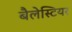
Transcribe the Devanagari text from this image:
बैलेस्टियर